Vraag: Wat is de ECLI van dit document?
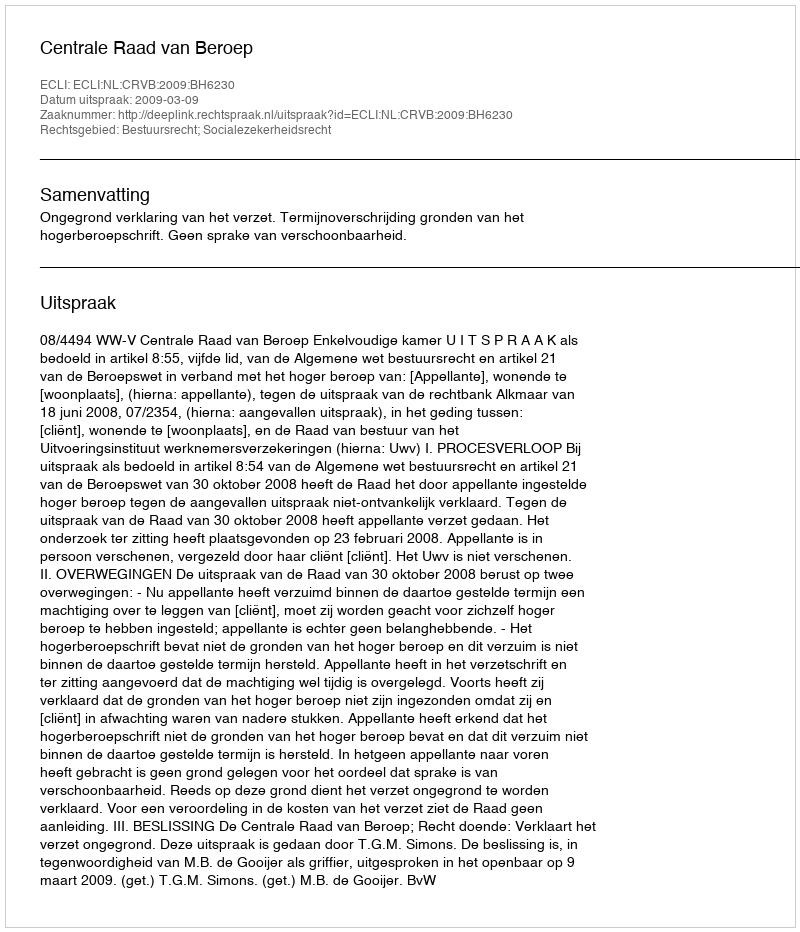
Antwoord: ECLI:NL:CRVB:2009:BH6230